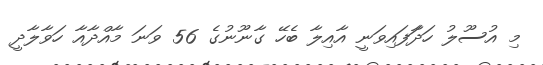
މި އުސޫލު ހަދާަފައިވަނީ އާއިލާ ބެހޭ ގާނޫނުގެ 56 ވަނަ މާއްދާއާ ހަވާލާދީ